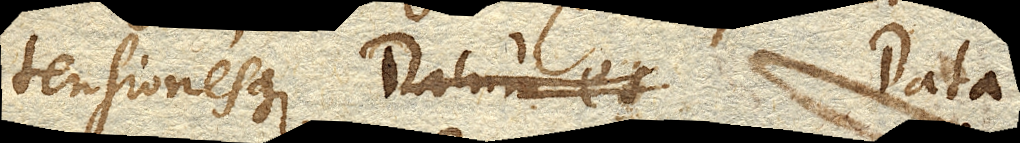
tensionesque. Datum es Data